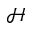
\mathcal { H }